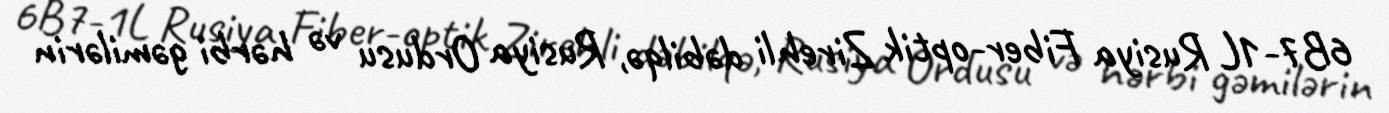
6B7-1L Rusiya Fiber-optik Zirehli dəbilqə, Rusiya Ordusu və hərbi gəmilərin